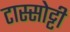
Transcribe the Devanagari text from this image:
टास्सोट्टी